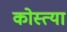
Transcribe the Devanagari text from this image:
कोस्त्या